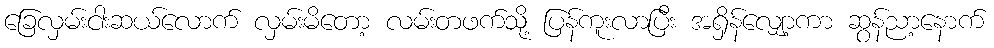
ခြေလှမ်းငါးဆယ်လောက် လှမ်းမိတော့ လမ်းတဖက်သို့ ပြန်ကူးလာပြီး အရှိန်လျှော့ကာ ဆွန်ညာ့နောက်